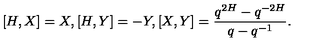
[ H , X ] = X , [ H , Y ] = - Y , [ X , Y ] = \frac { q ^ { 2 H } - q ^ { - 2 H } } { q - q ^ { - 1 } } .